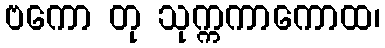
ဗကော တု သုက္ကကာကောထ၊